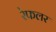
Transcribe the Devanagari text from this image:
रेफलर